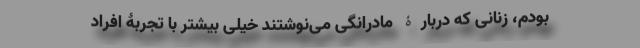
بودم، زنانی که دربارۀ مادرانگی می‌نوشتند خیلی بیشتر با تجربۀ افراد